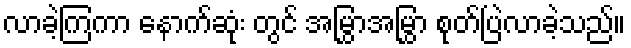
လာခဲ့ကြကာ နောက်ဆုံး တွင် အမြွှာအမြွှာ စုတ်ပြဲလာခဲ့သည်။